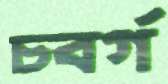
চবর্গ